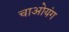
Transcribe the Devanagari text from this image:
चाओयंग